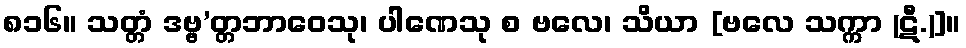
၈၁၆။ သတ္တံ ဒဗ္ဗ’တ္တဘာဝေသု၊ ပါဏေသု စ ဗလေ၊ သိယာ [ဗလေ သက္ကာ (ဋီ.)]။